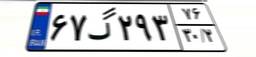
۶۷گ۲۹۳۷۶